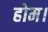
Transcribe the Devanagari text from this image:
होम।